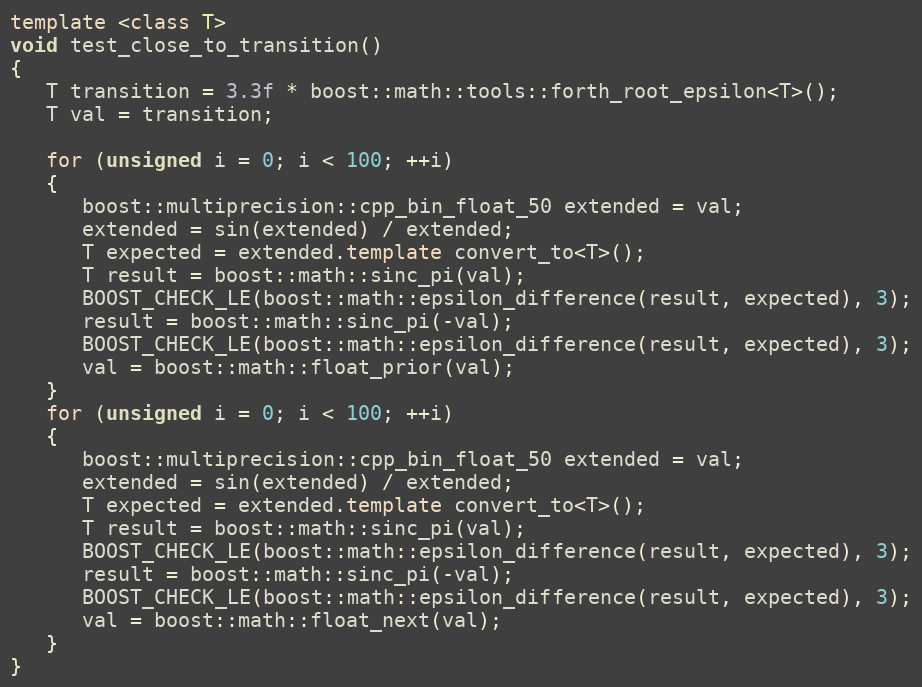
Language: C++
template <class T>
void test_close_to_transition()
{
   T transition = 3.3f * boost::math::tools::forth_root_epsilon<T>();
   T val = transition;

   for (unsigned i = 0; i < 100; ++i)
   {
      boost::multiprecision::cpp_bin_float_50 extended = val;
      extended = sin(extended) / extended;
      T expected = extended.template convert_to<T>();
      T result = boost::math::sinc_pi(val);
      BOOST_CHECK_LE(boost::math::epsilon_difference(result, expected), 3);
      result = boost::math::sinc_pi(-val);
      BOOST_CHECK_LE(boost::math::epsilon_difference(result, expected), 3);
      val = boost::math::float_prior(val);
   }
   for (unsigned i = 0; i < 100; ++i)
   {
      boost::multiprecision::cpp_bin_float_50 extended = val;
      extended = sin(extended) / extended;
      T expected = extended.template convert_to<T>();
      T result = boost::math::sinc_pi(val);
      BOOST_CHECK_LE(boost::math::epsilon_difference(result, expected), 3);
      result = boost::math::sinc_pi(-val);
      BOOST_CHECK_LE(boost::math::epsilon_difference(result, expected), 3);
      val = boost::math::float_next(val);
   }
}